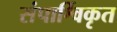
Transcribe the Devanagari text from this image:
संपार्श्विकृत